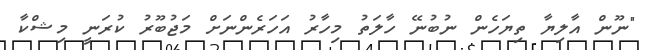
"ނޫން އާލިޔާ ތިޔަހެން ނުބުނޭ ހާލަތު މިހާރު އަހަރެންނަށް މަޖުބޫރު ކުރަނީ މިޝްކާ